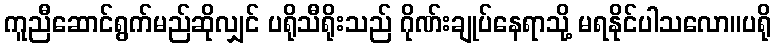
ကူညီဆောင်ရွက်မည်ဆိုလျှင် ပရိုသီရိုးသည် ဂိုဏ်းချုပ်နေရာသို့ မရနိုင်ပါသလော။ပရို